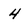
Character: 4